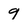
Character: 9